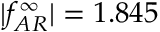
| f _ { A R } ^ { \infty } | = 1 . 8 4 5